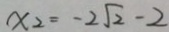
x _ { 2 } = - 2 \sqrt { 2 } - 2